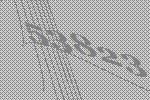
53823